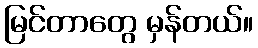
မြင်တာတွေ မှန်တယ်။